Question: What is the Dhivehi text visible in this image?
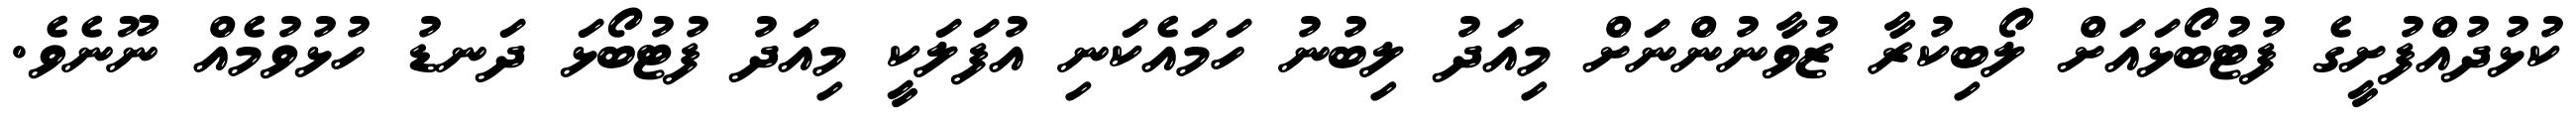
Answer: ކުޅުދުއްފުށީގެ ފުޓުބޯޅައަށް ލޯބިކުރާ ޒުވާނުންނަށް މިއަދު ލިބުނު ހަމައެކަނި އުފަލަކީ މިއަދު ފުޓުބޯޅަ ދަނޑު ހުޅުވުމެއް ނޫނެވެ.